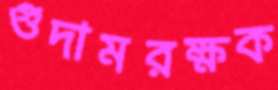
গুদামরক্ষক